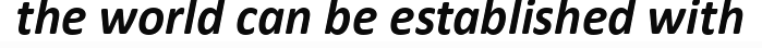
the world can be established with